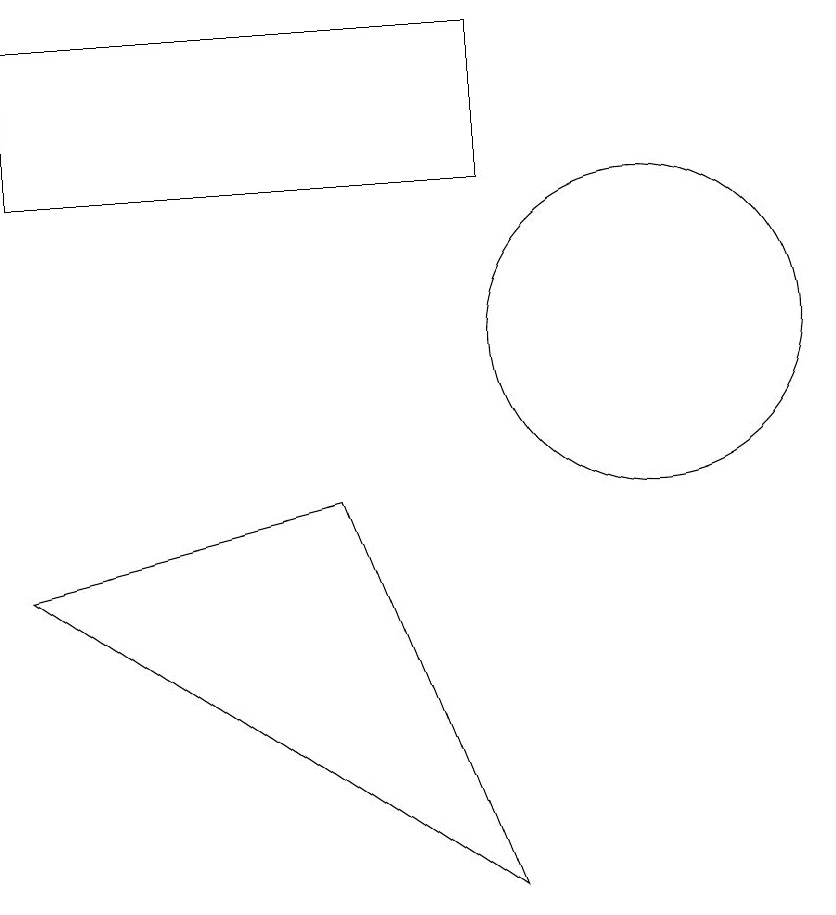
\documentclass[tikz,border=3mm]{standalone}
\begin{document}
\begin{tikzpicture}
\draw (10,10) circle (2);
\draw (8,14) rectangle (2,12);
\draw (6,8) -- (8,3) -- (2,7) -- cycle;
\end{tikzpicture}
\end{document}